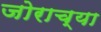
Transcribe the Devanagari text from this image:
जोराच्या